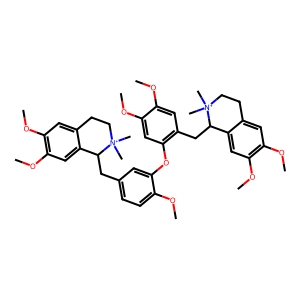
SMILES: COc1cc(CC2c3cc(OC)c(OC)cc3CC[N+]2(C)C)c(Oc2cc(CC3c4cc(OC)c(OC)cc4CC[N+]3(C)C)ccc2OC)cc1OC
Inhibits HIV replication: No